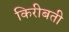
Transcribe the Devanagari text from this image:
किरीबती